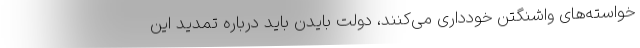
خواسته‌های واشنگتن خودداری می‌کنند، دولت بایدن باید درباره تمدید این